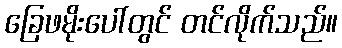
ခြေဖမိုးပေါ်တွင် တင်လိုက်သည်။